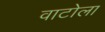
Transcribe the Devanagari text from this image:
वाटोला